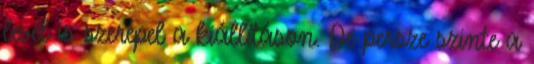
levél is szerepel a kiállításon. De persze szinte a